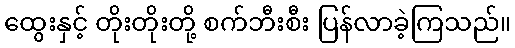
ထွေးနှင့် တိုးတိုးတို့ စက်ဘီးစီး ပြန်လာခဲ့ကြသည်။